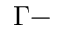
\Gamma -